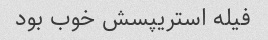
فیله استریپسش خوب بود